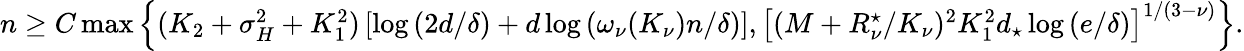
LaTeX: \begin{array}{r}{n\ge C\operatorname*{max}\left\{ (K_{2}+\sigma_{H}^{2}+K_{1}^{2})\left[\log{(2d/\delta)}+d\log{(\omega_{\nu}(K_{\nu})n/\delta)}\right],\left[(M+R_{\nu}^{\star}/K_{\nu})^{2}K_{1}^{2}d_{\star}\log{(e/\delta)}\right]^{1/(3-\nu)}\right\} .}\end{array}